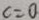
c = 0